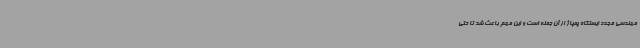
مهندسی مجدد ایستگاه پمپاژ از آن جمله است و این مهم باعث شد تا حتی